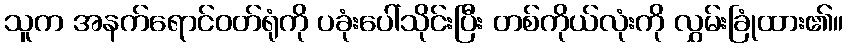
သူက အနက်ရောင်ဝတ်ရုံကို ပခုံးပေါ်သိုင်းပြီး တစ်ကိုယ်လုံးကို လွှမ်းခြုံထား၏။